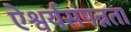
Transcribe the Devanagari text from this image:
ऐश्वर्यसंपन्नता